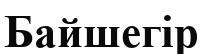
Байшегір